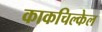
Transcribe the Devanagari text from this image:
काकचिल्केल